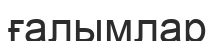
ғалымлар